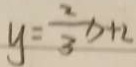
y = \frac { 2 } { 3 } x + 2